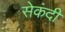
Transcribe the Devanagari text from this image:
सेकंदी